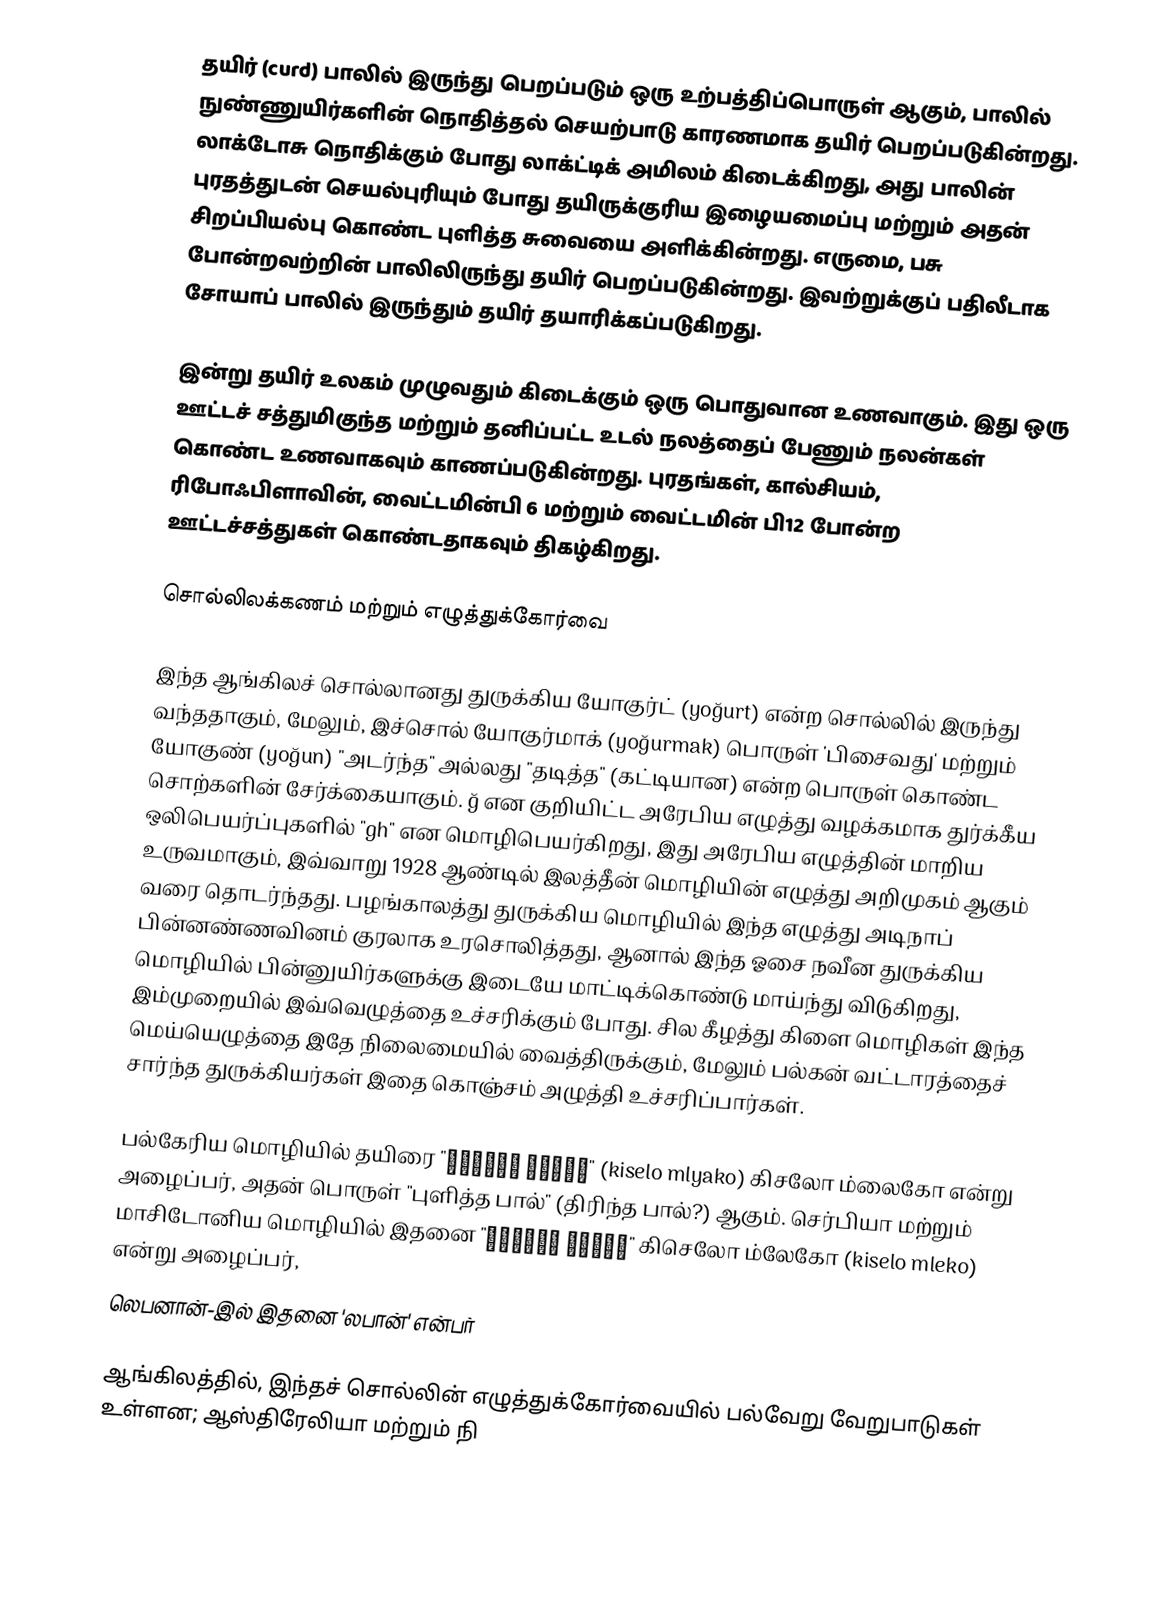
தயிர் (curd) பாலில் இருந்து பெறப்படும் ஒரு உற்பத்திப்பொருள் ஆகும், பாலில் நுண்ணுயிர்களின்  நொதித்தல்  செயற்பாடு காரணமாக தயிர் பெறப்படுகின்றது. லாக்டோசு நொதிக்கும் போது லாக்ட்டிக் அமிலம் கிடைக்கிறது, அது பாலின் புரதத்துடன் செயல்புரியும் போது தயிருக்குரிய இழையமைப்பு மற்றும் அதன் சிறப்பியல்பு கொண்ட புளித்த சுவையை அளிக்கின்றது. எருமை, பசு போன்றவற்றின் பாலிலிருந்து தயிர் பெறப்படுகின்றது. இவற்றுக்குப் பதிலீடாக சோயாப் பாலில் இருந்தும் தயிர் தயாரிக்கப்படுகிறது.

இன்று தயிர் உலகம் முழுவதும் கிடைக்கும் ஒரு பொதுவான உணவாகும். இது ஒரு ஊட்டச் சத்துமிகுந்த மற்றும் தனிப்பட்ட உடல் நலத்தைப் பேணும் நலன்கள் கொண்ட உணவாகவும் காணப்படுகின்றது.  புரதங்கள், கால்சியம், ரிபோஃபிளாவின், வைட்டமின்பி 6 மற்றும் வைட்டமின் பி12 போன்ற ஊட்டச்சத்துகள் கொண்டதாகவும் திகழ்கிறது.

சொல்லிலக்கணம் மற்றும் எழுத்துக்கோர்வை

இந்த ஆங்கிலச் சொல்லானது துருக்கிய யோகுர்ட் (yoğurt) என்ற சொல்லில் இருந்து வந்ததாகும், மேலும், இச்சொல் யோகுர்மாக் (yoğurmak) பொருள் 'பிசைவது' மற்றும் யோகுண் (yoğun) "அடர்ந்த" அல்லது "தடித்த" (கட்டியான) என்ற பொருள் கொண்ட சொற்களின் சேர்க்கையாகும். ğ என குறியிட்ட அரேபிய எழுத்து வழக்கமாக துர்க்கீய ஒலிபெயர்ப்புகளில் "gh" என மொழிபெயர்கிறது, இது அரேபிய எழுத்தின் மாறிய உருவமாகும், இவ்வாறு 1928 ஆண்டில் இலத்தீன் மொழியின் எழுத்து அறிமுகம் ஆகும் வரை தொடர்ந்தது. பழங்காலத்து துருக்கிய மொழியில் இந்த எழுத்து அடிநாப் பின்னண்ணவினம் குரலாக உரசொலித்தது, ஆனால் இந்த ஓசை நவீன துருக்கிய மொழியில் பின்னுயிர்களுக்கு இடையே மாட்டிக்கொண்டு மாய்ந்து விடுகிறது, இம்முறையில் இவ்வெழுத்தை உச்சரிக்கும் போது. சில கீழத்து கிளை மொழிகள் இந்த மெய்யெழுத்தை இதே நிலைமையில் வைத்திருக்கும், மேலும் பல்கன் வட்டாரத்தைச் சார்ந்த துருக்கியர்கள் இதை கொஞ்சம் அழுத்தி உச்சரிப்பார்கள்.

பல்கேரிய மொழியில் தயிரை "кисело мляко" (kiselo mlyako) கிசலோ ம்லைகோ என்று அழைப்பர், அதன் பொருள் "புளித்த பால்" (திரிந்த பால்?) ஆகும். செர்பியா மற்றும் மாசிடோனிய மொழியில் இதனை "кисело млеко" கிசெலோ ம்லேகோ (kiselo mleko) என்று அழைப்பர்,
லெபனான்-இல் இதனை 'லபான்' என்பர்

ஆங்கிலத்தில், இந்தச் சொல்லின் எழுத்துக்கோர்வையில் பல்வேறு வேறுபாடுகள் உள்ளன; ஆஸ்திரேலியா மற்றும் நி